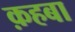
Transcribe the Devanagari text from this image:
क़हबा